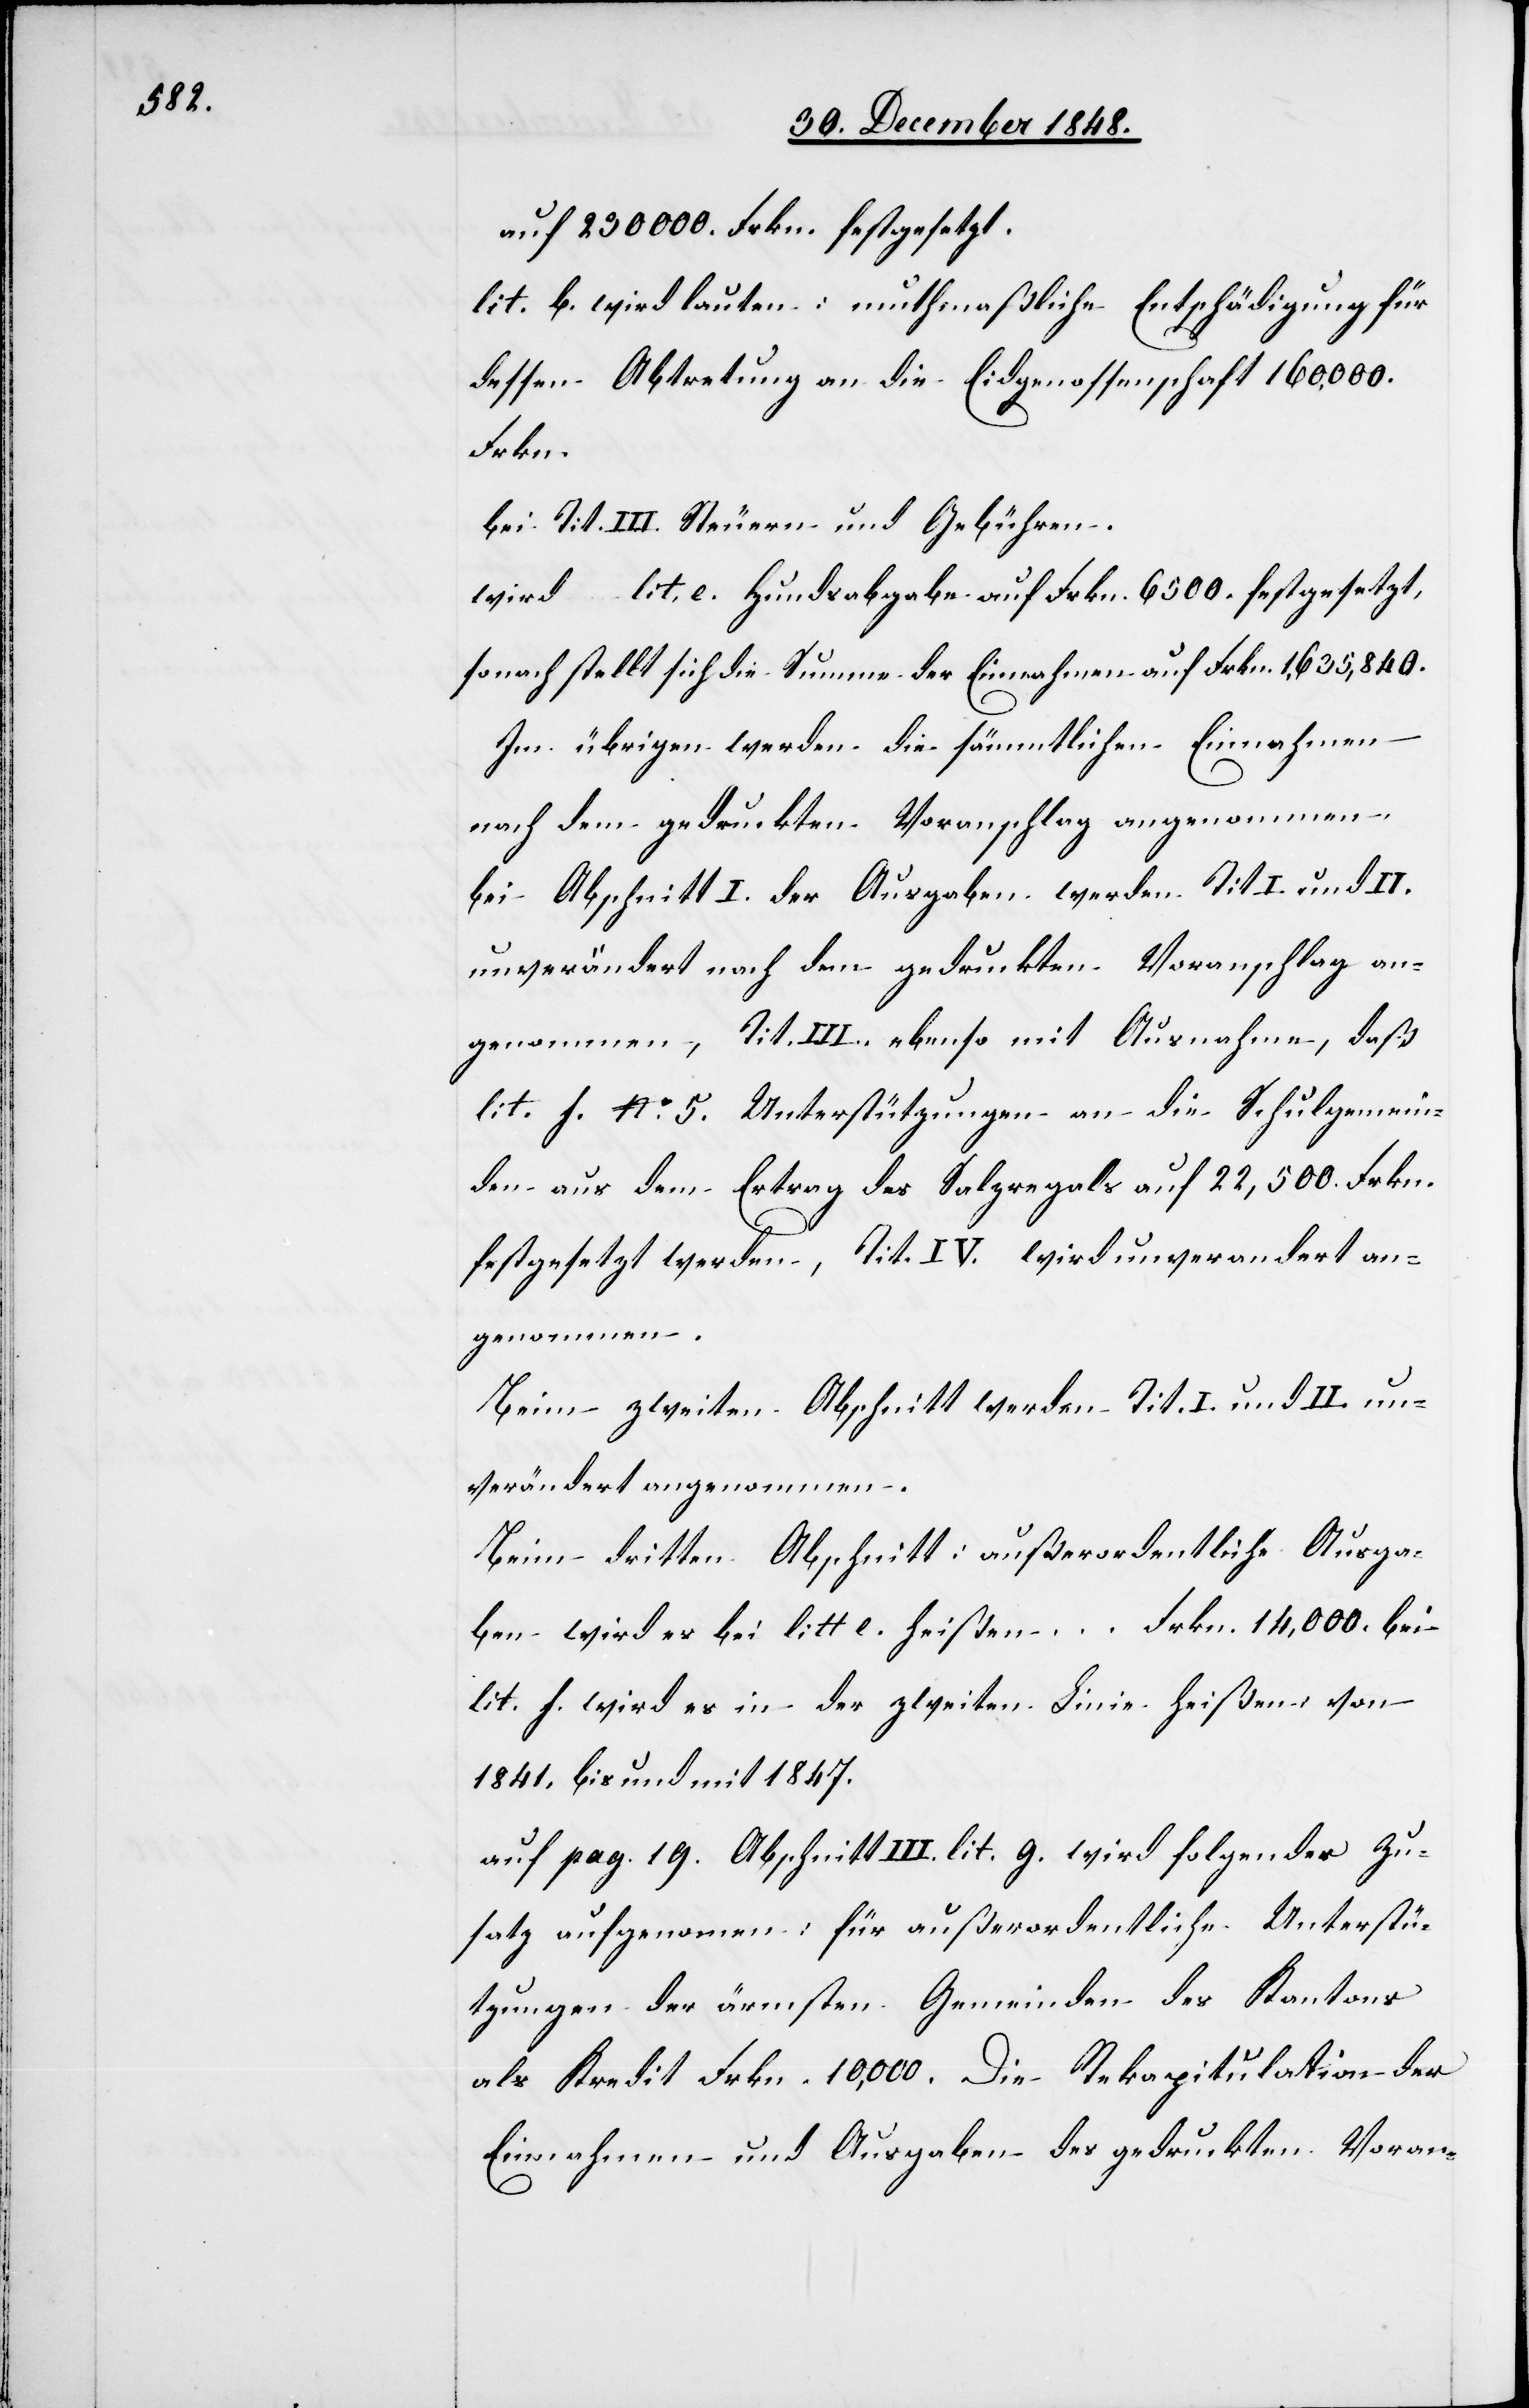
auf 230 000. Frkn. festgesetzt.
lit. b. wird lauten: muthmaßliche Entschädigung für
dessen Abtretung an die Eidgenossenschaft 160,000.
Frkn.
bei Tit. III. Steuern und Gebühren.
wird lit. e. Hundsabgabe auf Frkn. 6500. festgesetzt,
sonach stellt sich die Summe der Einnahmen auf Frkn. 1,635,840.
Im übrigen werden die sämmtlichen Einnahmen
nach dem gedruckten Voranschlag angenommen.
bei Abschnitt I. der Ausgaben werden Tit I. und II.
unverändert nach dem gedruckten Voranschlag an¬
genommen, Tit. III. ebenso mit Ausnahme, daß
lit. f No 5. Unterstützungen an die Schulgemein¬
den aus dem Ertrag des Salzregals auf 22,500. Frkn.
festgesetzt werden, Tit. IV. wird unverandert an¬
genommen.
Beim zweiten Abschnitt werden Tit. I. und II. un¬
verändert angenommen.
Beim dritten Abschnitt: außerordentliche Ausga¬
ben wird es bei litt e. heißen … Frkn. 14,000. bei
lit. f. wird es in der zweiten Linie heißen von
1841. bis und mit 1847.
auf pag. 19. Abschnitt III. lit. g. wird folgender Zu¬
satz aufgenommen: für außerordentliche Unterstü¬
tzungen der ärmsten Gemeinden des Kantons
als Kredit Frkn. 10,000. Die Rekapitulation der
Einnahmen und Ausgaben des gedruckten Voran-